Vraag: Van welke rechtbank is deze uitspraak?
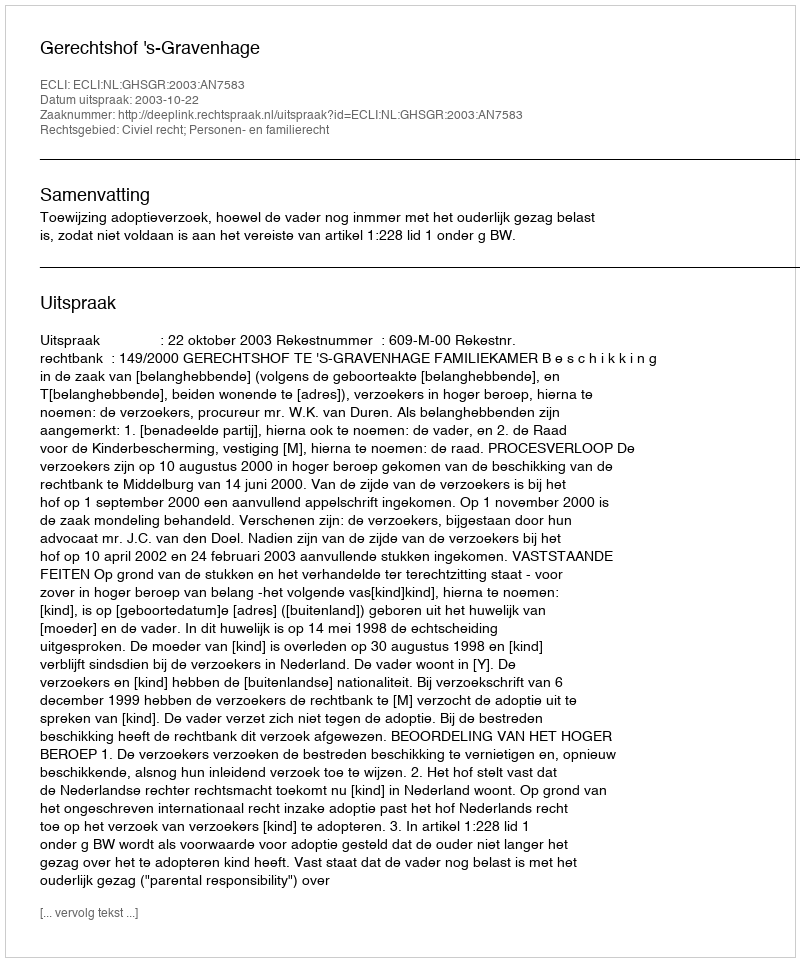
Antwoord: Gerechtshof 's-Gravenhage